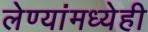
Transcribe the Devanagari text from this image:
लेण्यांमध्येही